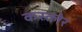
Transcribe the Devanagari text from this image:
कस्त्लेर